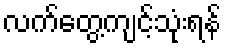
လက်တွေ့ကျင့်သုံးရန်